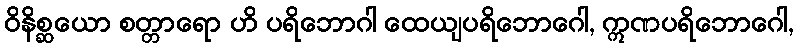
ဝိနိစ္ဆယော စတ္တာရော ဟိ ပရိဘောဂါ ထေယျပရိဘောဂေါ, ဣဏပရိဘောဂေါ,